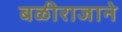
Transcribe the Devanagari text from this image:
बळीराजाने